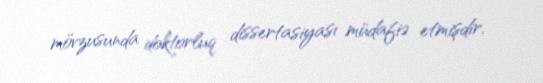
mövzusunda doktorluq dissertasiyası müdafiə etmişdir.